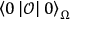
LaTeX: \left\langle 0 \left| \mathcal { O } \right| 0 \right\rangle _ { \Omega }